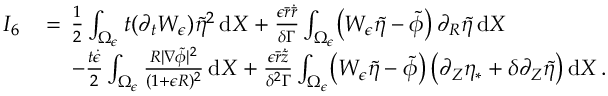
\begin{array} { r l } { I _ { 6 } \, } & { = \, \frac 1 2 \int _ { \Omega _ { \epsilon } } t ( \partial _ { t } W _ { \epsilon } ) \tilde { \eta } ^ { 2 } \, \mathrm { d } X + \frac { \epsilon \bar { r } \dot { \bar { r } } } { \delta \Gamma } \int _ { \Omega _ { \epsilon } } \bigl ( W _ { \epsilon } \tilde { \eta } - \tilde { \phi } \bigr ) \, \partial _ { R } \tilde { \eta } \, \mathrm { d } X } \\ & { \quad \, - \frac { t \dot { \epsilon } } { 2 } \int _ { \Omega _ { \epsilon } } \frac { R | \nabla \tilde { \phi } | ^ { 2 } } { ( 1 + \epsilon R ) ^ { 2 } } \, \mathrm { d } X + \frac { \epsilon \bar { r } \dot { \tilde { z } } } { \delta ^ { 2 } \Gamma } \int _ { \Omega _ { \epsilon } } \bigl ( W _ { \epsilon } \tilde { \eta } - \tilde { \phi } \bigr ) \, \bigl ( \partial _ { Z } \eta _ { * } + \delta \partial _ { Z } \tilde { \eta } \bigr ) \, \mathrm { d } X \, . } \end{array}